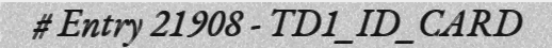
# Entry 21908 - TD1_ID_CARD